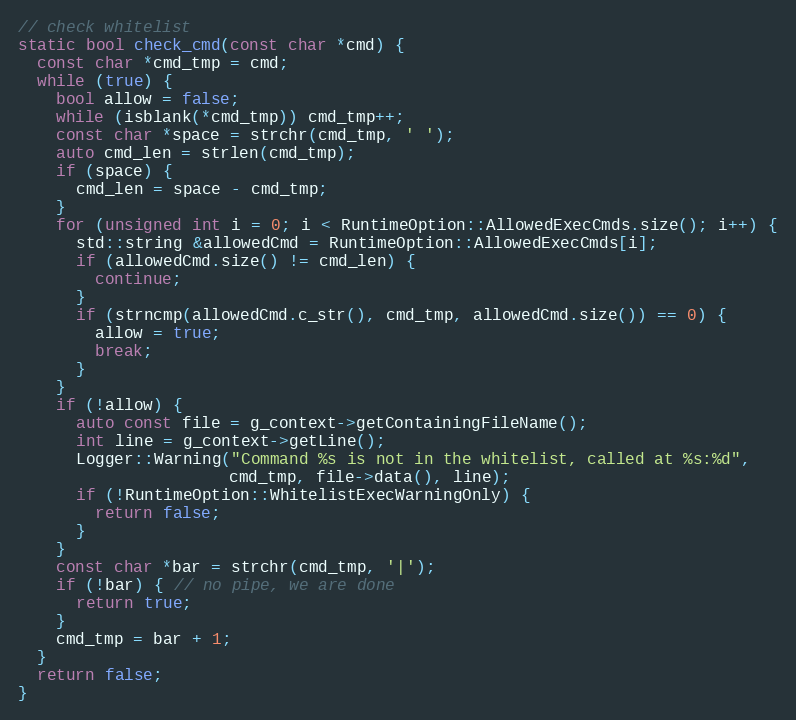
Language: C++
// check whitelist
static bool check_cmd(const char *cmd) {
  const char *cmd_tmp = cmd;
  while (true) {
    bool allow = false;
    while (isblank(*cmd_tmp)) cmd_tmp++;
    const char *space = strchr(cmd_tmp, ' ');
    auto cmd_len = strlen(cmd_tmp);
    if (space) {
      cmd_len = space - cmd_tmp;
    }
    for (unsigned int i = 0; i < RuntimeOption::AllowedExecCmds.size(); i++) {
      std::string &allowedCmd = RuntimeOption::AllowedExecCmds[i];
      if (allowedCmd.size() != cmd_len) {
        continue;
      }
      if (strncmp(allowedCmd.c_str(), cmd_tmp, allowedCmd.size()) == 0) {
        allow = true;
        break;
      }
    }
    if (!allow) {
      auto const file = g_context->getContainingFileName();
      int line = g_context->getLine();
      Logger::Warning("Command %s is not in the whitelist, called at %s:%d",
                      cmd_tmp, file->data(), line);
      if (!RuntimeOption::WhitelistExecWarningOnly) {
        return false;
      }
    }
    const char *bar = strchr(cmd_tmp, '|');
    if (!bar) { // no pipe, we are done
      return true;
    }
    cmd_tmp = bar + 1;
  }
  return false;
}